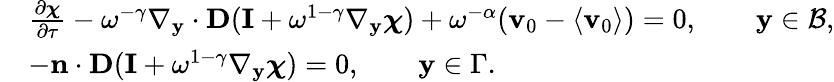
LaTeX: \begin{array}{rl}&{\frac{\partial\boldsymbol{\chi}}{\partial\tau}-\omega^{-\gamma}\nabla_{\mathbf y}\cdot\textbf{D}(\mathbf I+\omega^{1-\gamma}\nabla_{\mathbf y}\boldsymbol{\chi})+\omega^{-\alpha}(\mathbf v_{0}-\langle\mathbf v_{0}\rangle)=0,\qquad\mathbf y\in\mathcal B,}\\ &{-\mathbf n\cdot\textbf{D}(\mathbf I+\omega^{1-\gamma}\nabla_{\mathbf y}\boldsymbol{\chi})=0,\qquad\mathbf y\in\Gamma.}\end{array}